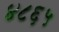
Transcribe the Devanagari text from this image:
४८६५